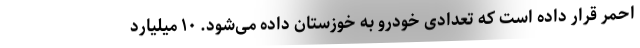
احمر قرار داده است که تعدادی خودرو به خوزستان داده می‌شود. ۱۰ میلیارد